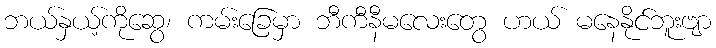
ဘယ်နှယ့်ကိုဆွေ၊ ကမ်းခြေမှာ ဘီကီနီမလေးတွေ ဟယ် မနေနိုင်ဘူးဗျာ